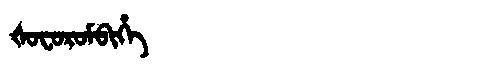
Manchu: ᡧᠣᠸᠣᡵᠣᠮᠪᡳᡥᡝ
Romanization: ŠOFOROMBIHE